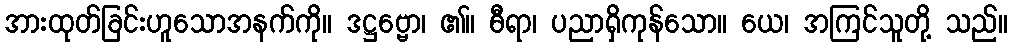
အားထုတ်ခြင်းဟူသောအနက်ကို။ ဒဋ္ဌဗ္ဗော၊ ၏။ ဓီရာ၊ ပညာရှိကုန်သော။ ယေ၊ အကြင်သူတို့ သည်။